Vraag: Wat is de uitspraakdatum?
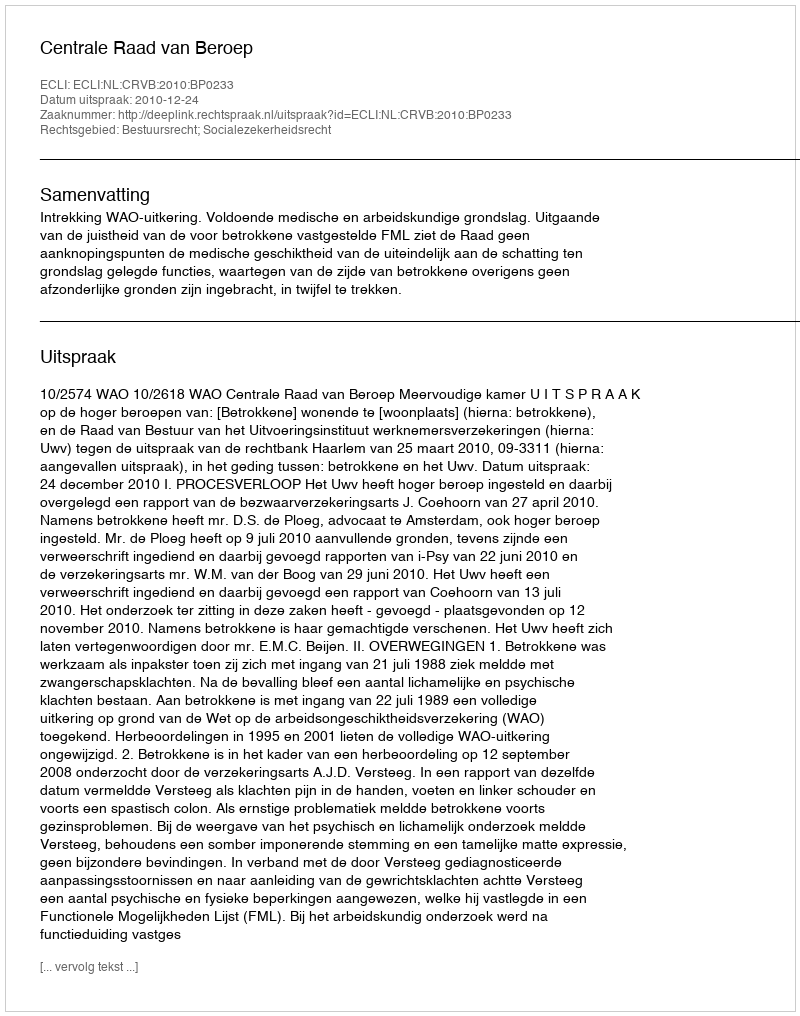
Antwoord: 2010-12-24